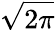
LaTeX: \sqrt{2\pi}